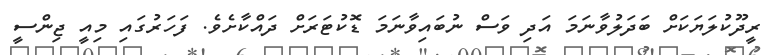
ރީދޫކުލަޔަކަށް ބަދަލުވާނަމަ އަދި ވަސް ނުބައިވާނަމަ ޑޮކުޓަރަށް ދައްކާށެވެ. ފަހަރުގައި މިއީ ޖިންސީ